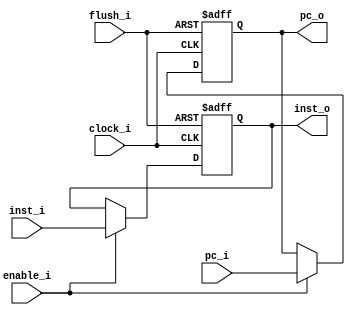
module IFID
(
  input clock_i,
  input flush_i,
  input enable_i,
  input [31:0] pc_i,
  input [31:0] inst_i,
  output [31:0] pc_o,
  output [31:0] inst_o
);

reg [31:0] pc;
reg [31:0] inst;

assign pc_o = pc;
assign inst_o = inst;

always @(posedge clock_i or posedge flush_i) begin
  if (flush_i) begin
    pc <= 32'b0;
    inst <= 32'b0;
  end
  else if (enable_i) begin
    pc <= pc_i;
    inst <= inst_i;
  end
end

endmodule